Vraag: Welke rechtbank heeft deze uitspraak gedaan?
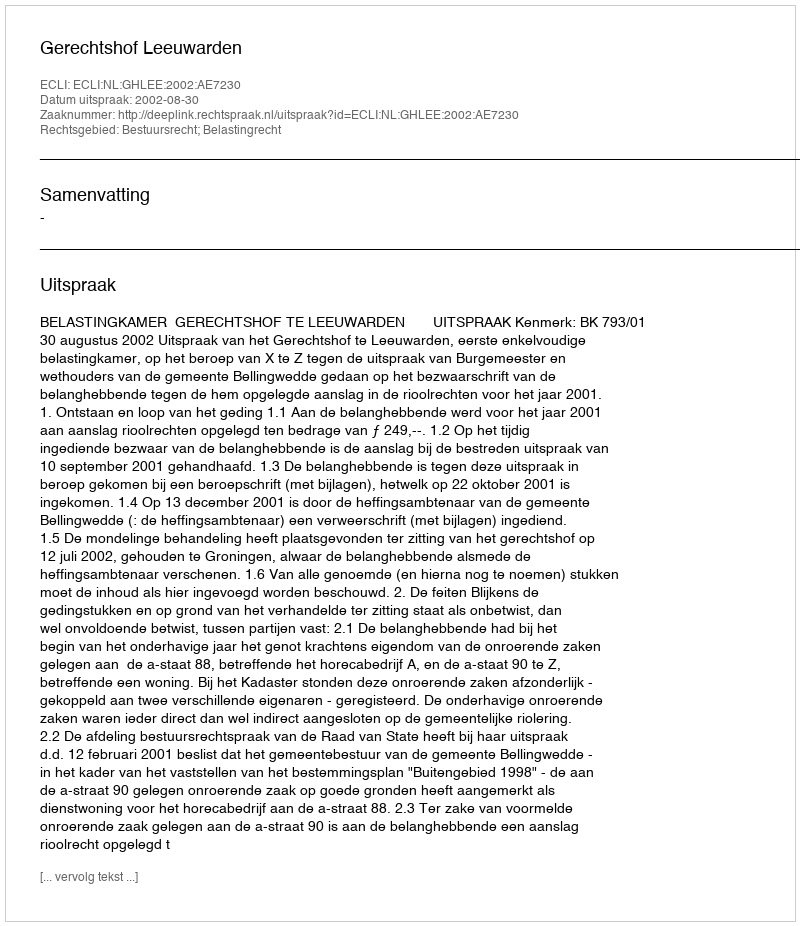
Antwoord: Gerechtshof Leeuwarden